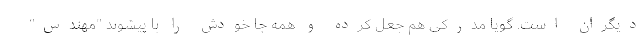
دیگران است. گویا مدرکی هم جعل کرده و همه جا خودش را با پیشوند "مهندس"